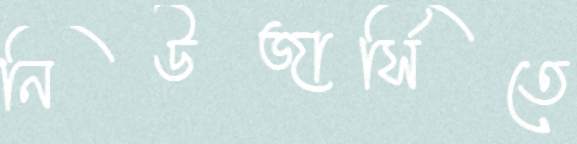
নিউজার্সিতে